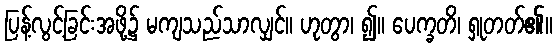
ပြန့်လွင့်ခြင်းအဖို့၌ မကျသည်သာလျှင်။ ဟုတွာ၊ ၍။ ပေက္ခတိ၊ ရှုတတ်၏။